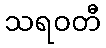
သရဝတီ